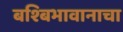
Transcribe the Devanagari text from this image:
बश्बिभावानाचा